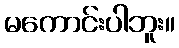
မကောင်းပါဘူး။